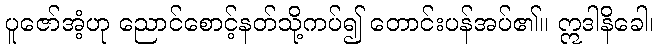
ပူဇော်အံ့ဟု ညောင်စောင့်နတ်သို့ကပ်၍ တောင်းပန်အပ်၏။ ဣဒါနိခေါ၊